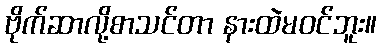
ဗိုက်ဆာလို့စာသင်တာ နားထဲမဝင်ဘူး။